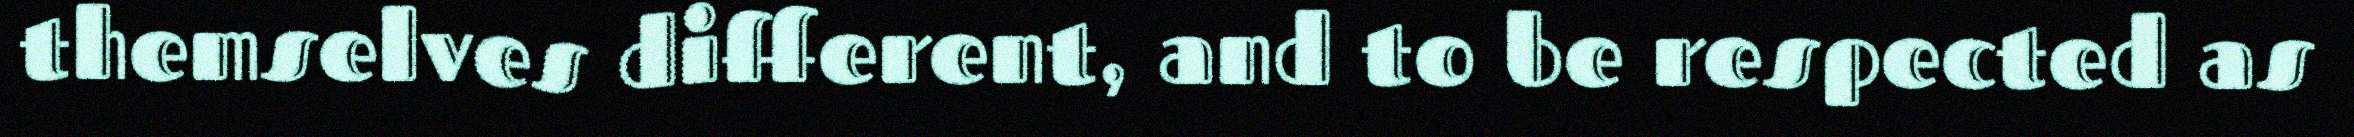
themselves different, and to be respected as